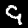
Digit: 9